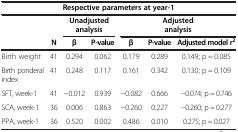
<table><thead><tr><td colspan="7"><b>Respective parameters at year-1</b></td></tr><tr><td><b> </b></td><td><b> </b></td><td colspan="2"><b>Unadjusted analysis</b></td><td colspan="3"><b>Adjusted analysis</b></td></tr><tr><td><b> </b></td><td><b>N</b></td><td><b>β</b></td><td><b>P-value</b></td><td><b>β</b></td><td><b>P-value</b></td><td><b>Adjusted model r<sup>2</sup></b></td></tr></thead><tbody><tr><td>Birth weight</td><td>41</td><td>0.294</td><td>0.062</td><td>0.179</td><td>0.289</td><td>0.149; p = 0.085</td></tr><tr><td>Birth ponderal index</td><td>41</td><td>0.248</td><td>0.117</td><td>0.161</td><td>0.342</td><td>0.130; p = 0.109</td></tr><tr><td>SFT, week-1</td><td>41</td><td>−0.012</td><td>0.939</td><td>−0.082</td><td>0.666</td><td>−0.074; p = 0.746</td></tr><tr><td>SCA, week-1</td><td>36</td><td>0.006</td><td>0.863</td><td>−0.260</td><td>0.227</td><td>−0.260; p = 0.277</td></tr><tr><td>PPA, week-1</td><td>36</td><td>0.520</td><td>0.002</td><td>0.486</td><td>0.010</td><td>0.275; p = 0.027</td></tr></tbody></table>